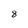
Character: 8